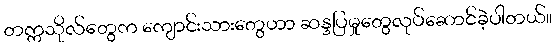
တက္ကသိုလ်တွေက ကျောင်းသားတွေဟာ ဆန္ဒပြမှုတွေလုပ်ဆောင်ခဲ့ပါတယ်။